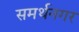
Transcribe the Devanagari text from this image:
समर्थनगर